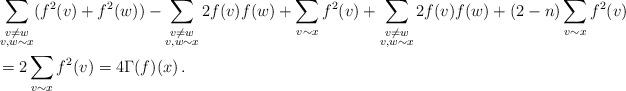
LaTeX: \begin{align*}&\sum_{\substack{v\neq w\\ v,w\sim x}} (f^2(v) + f^2(w)) - \sum_{\substack{v\neq w\\ v,w\sim x}} 2f(v)f(w) + \sum_{v\sim x} f^2(v) + \sum_{\substack{v\neq w\\ v,w\sim x}} 2f(v)f(w) + (2-n)\sum_{v\sim x} f^2(v) & \\ & = 2\sum_{v\sim x} f^2(v) = 4\Gamma(f)(x)\,.\end{align*}